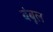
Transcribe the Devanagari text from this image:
बंबूल